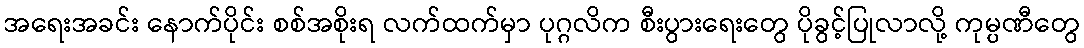
အရေးအခင်း နောက်ပိုင်း စစ်အစိုးရ လက်ထက်မှာ ပုဂ္ဂလိက စီးပွားရေးတွေ ပိုခွင့်ပြုလာလို့ ကုမ္ပဏီတွေ